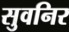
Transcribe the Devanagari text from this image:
सुवनिर